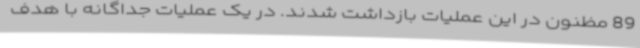
89 مظنون در این عملیات بازداشت شدند. در یک عملیات جداگانه با هدف